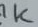
Text: 1K